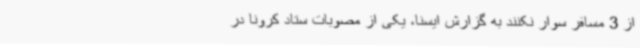
از 3 مسافر سوار نکنند به گزارش ایسنا، یکی از مصوبات ستاد کرونا در